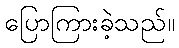
ပြောကြားခဲ့သည်။